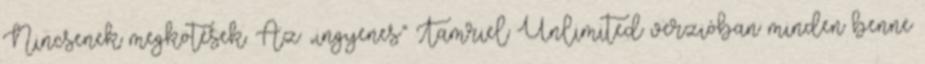
Nincsenek megkötések. Az „ingyenes” Tamriel Unlimited verzióban minden benne